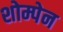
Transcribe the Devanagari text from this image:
शोम्पेन